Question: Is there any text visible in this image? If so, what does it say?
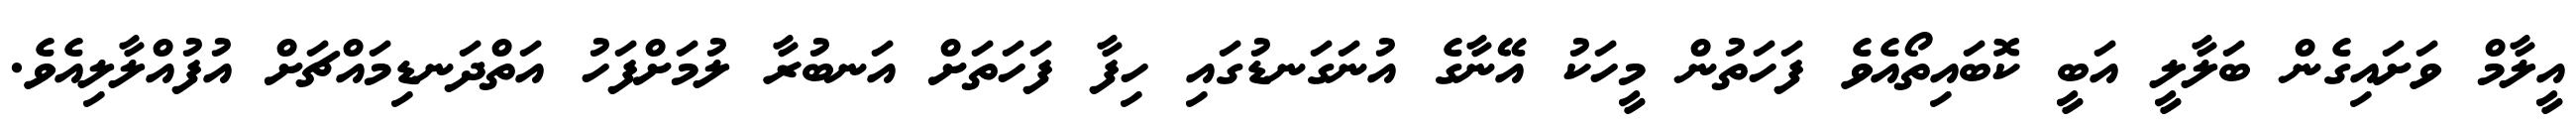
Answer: އީލާމް ވަށައިގެން ބަލާލީ އަބީ ކޮބައިތޯއެވެ ފަހަތުން މީހަކު އޭނާގެ އުނަގަނޑުގައި ހިފާ ފަހަތަށް އަނބުރާ ލުމަށްފަހު އަތްދަނޑިމައްޗަށް އުފުއްލާލިއެވެ.